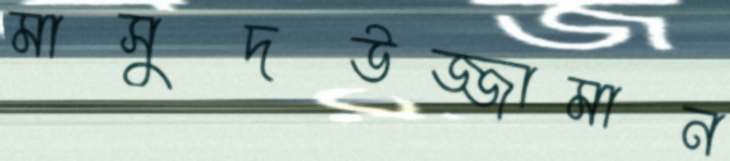
মাসুদউজ্জামান